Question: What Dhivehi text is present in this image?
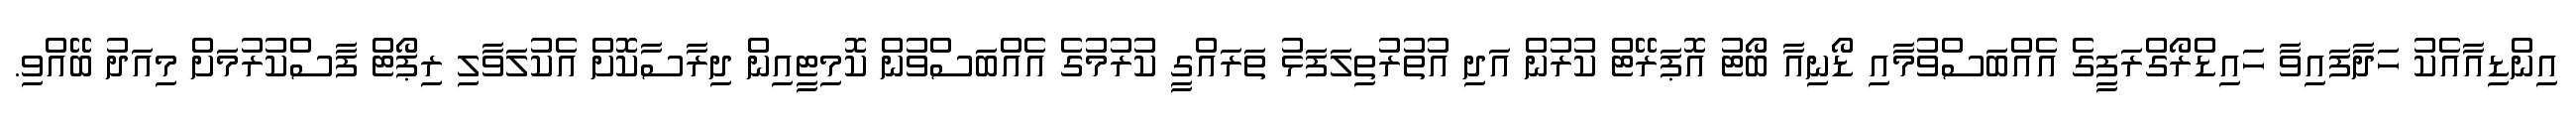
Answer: އިންޑިއާއެކު ހަދާފައިވާ ހައިޑްރޯގްރަފީގެ އެއްބަސްވުމާއި ޑޯނިއާ ބޯޓު އޮޕަރޭޓް ކުރުން އަދި އުތުރުތިލަފަޅު ތަރައްގީ ކުރުމުގެ އެއްބަސްވުން ކޮމިޓީއިން ދިރާސާކޮށް އެކުލަވާލި ރިޕޯޓް ފާސްކުރުމަށް މިއަދު ބޭއްވި.